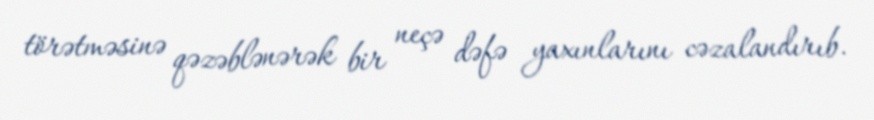
törətməsinə qəzəblənərək bir neçə dəfə yaxınlarını cəzalandırıb.